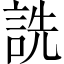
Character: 詵